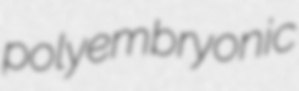
polyembryonic